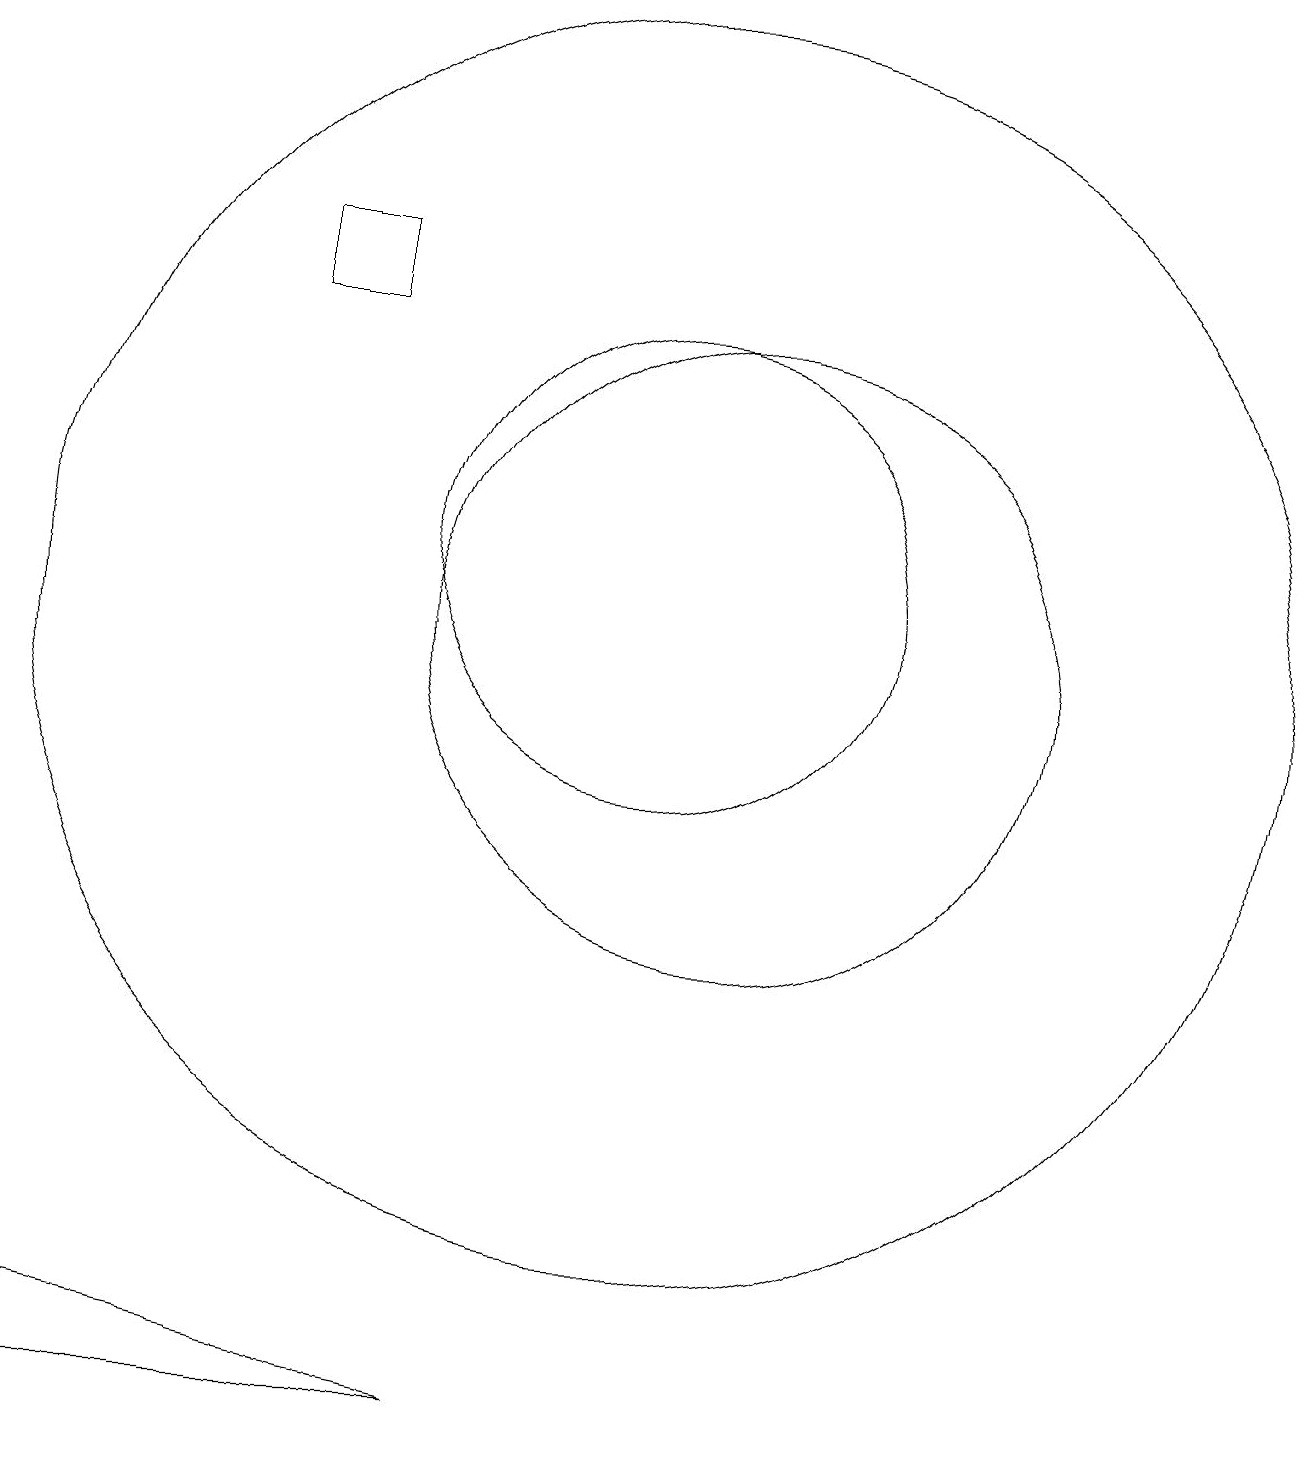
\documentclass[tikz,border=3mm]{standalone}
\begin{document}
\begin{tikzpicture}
\draw (10,10) circle (8);
\draw (11,10) circle (4);
\draw (5,15) rectangle (6,14);
\draw (10,11) circle (3);
\draw (2,0) -- (3,1) -- (8,0) -- cycle;
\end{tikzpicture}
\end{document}